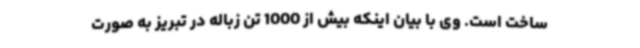
ساخت است. وی با بیان اینکه بیش از 1000 تن زباله در تبریز به صورت